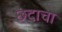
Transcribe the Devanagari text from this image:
छंदाचा